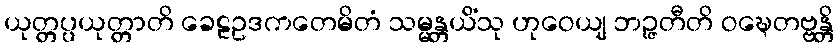
ယုတ္တပ္ပယုတ္တာတိ ခေဠဥဒကတေမိတံ သမ္မန္တယိံသု ဟုဝေယျ ဘဉ္ဇတီတိ ဝဍ္ဎေတဗ္ဗန္တိ